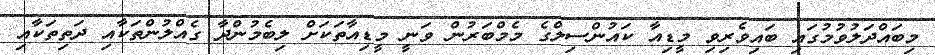
މިބައްދަލުވުމުގައި ބައިވެރިވި މީޑިއާ ކައުންސިލްގެ މެމްބަރުން ވަނީ މީޑިއާތަކަށް ލިބެމުންދާ ގެއްލުންތަކާއި ދަތިތަކާއި